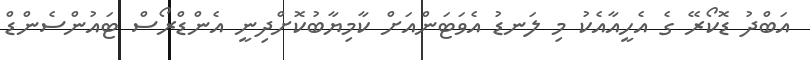
އަބްދު ޑޮކޯރޭ ގެ އެހީއާއެކު މި ލަނޑު އެވަޓަންއަށް ކާމިޔާބުކޮށްދިނީ އެންޑްރޯސް ޓައުންސެންޑް